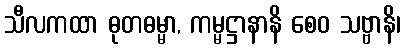
သီလကထာ ဓုတဓမ္မာ, ကမ္မဋ္ဌာနာနိ စေဝ သဗ္ဗာနိ၊